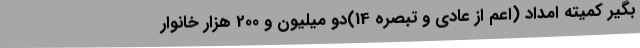
بگیر کمیته امداد (اعم از عادی و تبصره 14)دو میلیون و 200 هزار خانوار